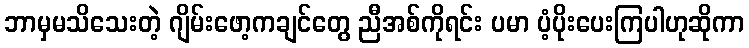
ဘာမှမသိသေးတဲ့ ဂျိမ်းဖော့ကချင်တွေ ညီအစ်ကိုရင်း ပမာ ပံ့ပိုးပေးကြပါဟုဆိုကာ